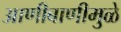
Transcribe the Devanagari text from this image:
आणीबाणीमुळे